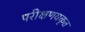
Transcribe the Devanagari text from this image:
परीक्षणयकृत